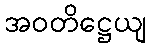
အဝတိဋ္ဌေယျ